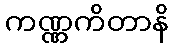
ကဏ္ဏကိတာနိ